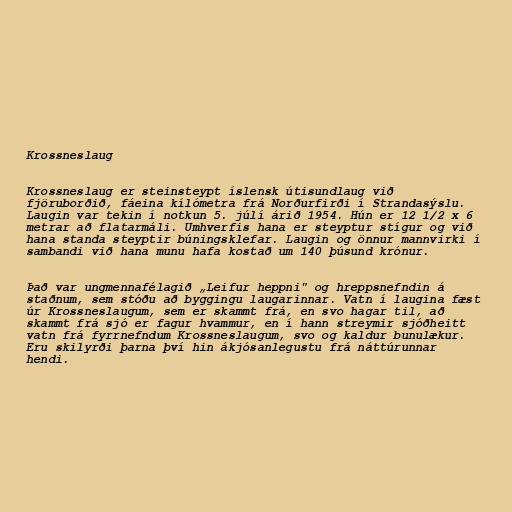
Krossneslaug

Krossneslaug er steinsteypt íslensk útisundlaug við
fjöruborðið, fáeina kílómetra frá Norðurfirði í Strandasýslu.
Laugin var tekin í notkun 5. júlí árið 1954. Hún er 12 1/2 x 6
metrar að flatarmáli. Umhverfis hana er steyptur stígur og við
hana standa steyptir búningsklefar. Laugin og önnur mannvirki í
sambandi við hana munu hafa kostað um 140 þúsund krónur.

Það var ungmennafélagið „Leifur heppni" og hreppsnefndin á
staðnum, sem stóðu að byggingu laugarinnar. Vatn í laugina fæst
úr Krossneslaugum, sem er skammt frá, en svo hagar til, að
skammt frá sjó er fagur hvammur, en í hann streymir sjóðheitt
vatn frá fyrrnefndum Krossneslaugum, svo og kaldur bunulækur.
Eru skilyrði þarna því hin ákjósanlegustu frá náttúrunnar
hendi.